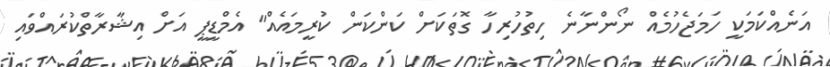
އަނެއްކަމަކީ ހަމަޖެހުމެއް ނޯންނާނެ ހިތުހުރިހާ ގޮތަކަށް ކަންކަން ކުރީމައެއް" އެމްޑީޕީ އަށް އިޝާރާތްކުރައްވައި